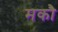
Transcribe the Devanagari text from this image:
मकौ